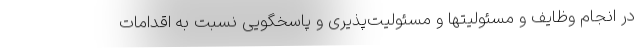
در انجام وظایف و مسئولیتها و مسئولیت‌پذیری و پاسخگویی نسبت به اقدامات